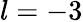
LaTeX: l=-3